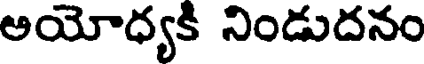
అయోధ్యకి నిండుదనం